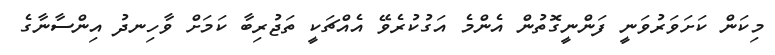
މިކަން ކަށަވަރުވަނީ ފަންނީގޮތުން އެންމެ އަގުކުރެވޭ އެއްޗަކީ ތަޖުރިބާ ކަމަށް ވާހިނދު އިންސާނާގެ